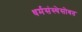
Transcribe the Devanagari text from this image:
धर्मसंस्थेसोबत